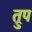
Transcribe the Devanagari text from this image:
त्रुप